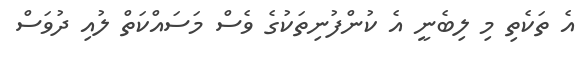
އެ ތަކެތި މި ލިބެނީ އެ ކުންފުނިތަކުގެ ވެސް މަސައްކަތް ލުއި ދުވަސް